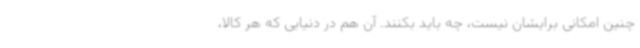
چنین امکانی برایشان نیست، چه باید بکنند. آن هم در دنیایی که هر کالا،